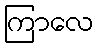
ကြာလေ